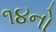
૧૪નો